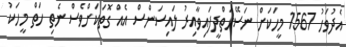
އެދުވަހު 1567 މީހަކަށް ނަސޭހަތްދީފައިވާއިރު ލައިސަންސް އެއް ގޮތަކަށްވެސް ނެތި ހަތް މީހަކު